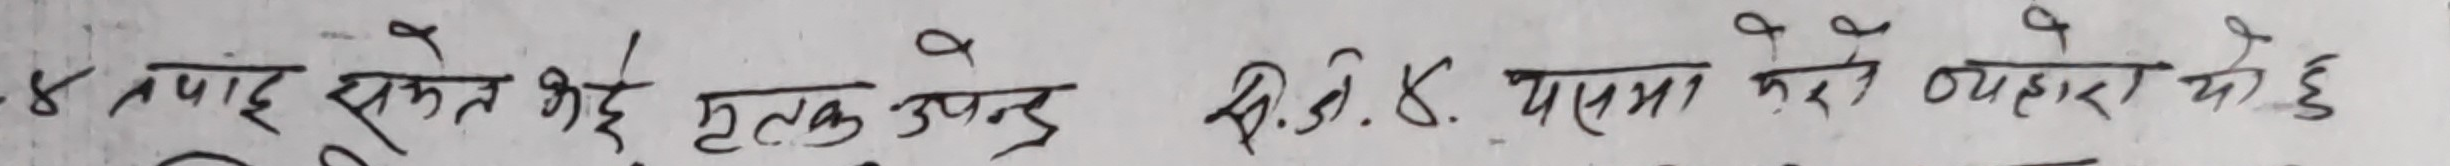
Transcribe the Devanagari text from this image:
-४ अपांइ सेमत केहि मृतक उपर द्वि.बि.४. यसमा गरे ब्यहोरा के छ